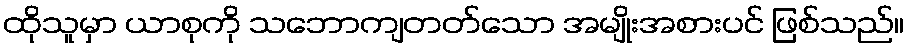
ထိုသူမှာ ယာစုကို သဘောကျတတ်သော အမျိုးအစားပင် ဖြစ်သည်။